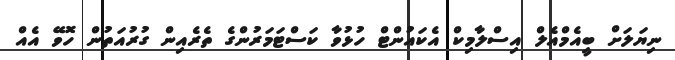
ނިޔަލަށް ބީއެމްއެލް އިސްލާމިކް އެކައުންޓް ހުޅުވާ ކަސްޓަމަރުންގެ ތެރެއިން ގުރުއަތުން ހޮވޭ އެއް